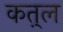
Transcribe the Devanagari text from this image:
कत़्ल